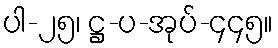
ပါ-၂၅၊ ဋ္ဌ-ပ-အုပ်-၄၄၅။